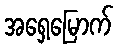
အရှေ့မြောက်